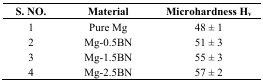
<table><thead><tr><td><b>S. NO.</b></td><td><b>Material</b></td><td><b>Microhardness H<sub>v</sub></b></td></tr></thead><tbody><tr><td>1</td><td>Pure Mg</td><td>48 ± 1</td></tr><tr><td>2</td><td>Mg-0.5BN</td><td>51 ± 3</td></tr><tr><td>3</td><td>Mg-1.5BN</td><td>55 ± 3</td></tr><tr><td>4</td><td>Mg-2.5BN</td><td>57 ± 2</td></tr></tbody></table>